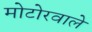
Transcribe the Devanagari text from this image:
मोटोरवाले